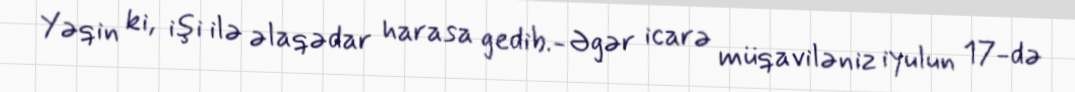
Yəqin ki, işi ilə əlaqədar harasa gedib.- Əgər icarə müqaviləniz iyulun 17-də